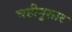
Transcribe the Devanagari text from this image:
घडीनुसार